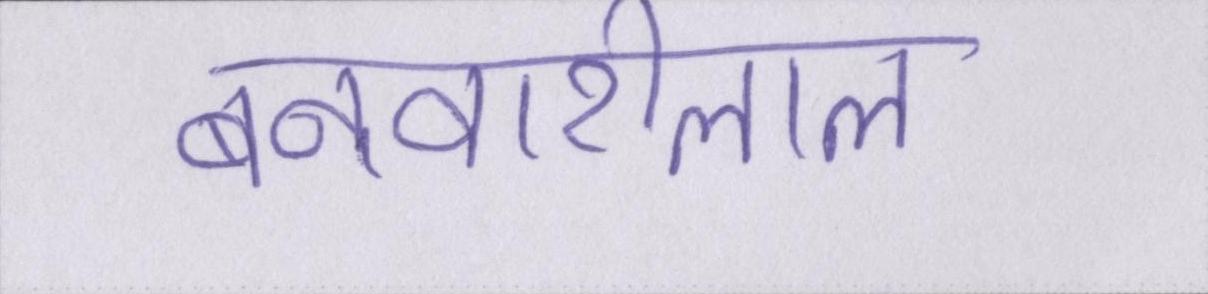
बनवारीलाल